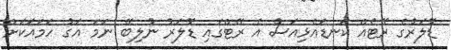
ޑޮލަރުގެ ރޭޓެއް ކަނޑައެޅިއަސް އެ ރޭޓްގައި ޑޮލަރު ނުލިބޭ ނަމަ އަގު ހަމައަކަށް